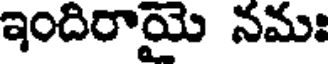
ఇందిరాయై నమః